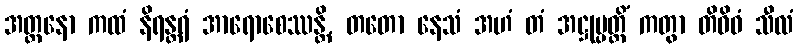
အတ္တနော ကထံ နိရန္တရံ အာရောစေဿန္တိ, တတော နေသံ အဟံ တံ အဋ္ဌုပ္ပတ္တိံ ကတွာ တိဝိဓံ သီလံ